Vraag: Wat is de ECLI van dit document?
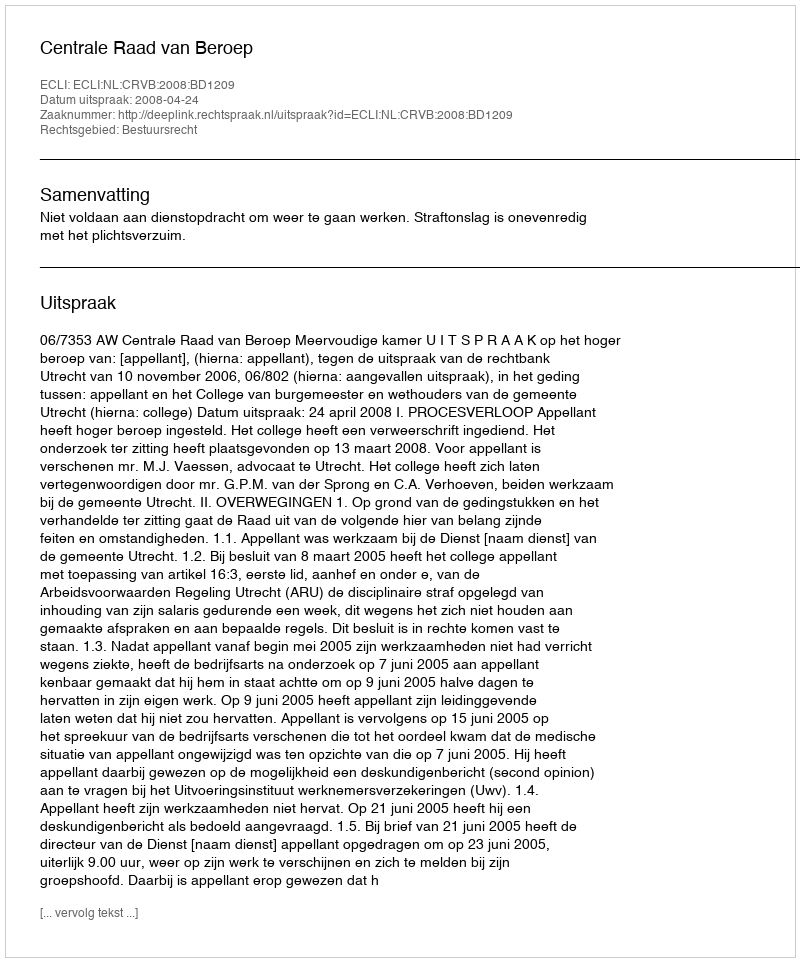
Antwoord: ECLI:NL:CRVB:2008:BD1209